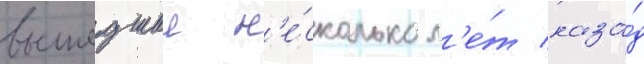
вышедшии н'е́сколько л'е́т наза́д